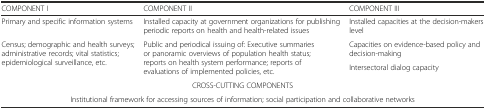
| COMPONENT I | COMPONENT II | COMPONENT III |
 | --- | --- | --- |
 | Primary and specific information systems | Installed capacity at government organizations for publishing periodic reports on health and health-related issues | Installed capacities at the decision-makers level |
 | <ROWSPAN=2> Census; demographic and health surveys; administrative records; vital statistics; epidemiological surveillance, etc. | <ROWSPAN=2> Public and periodical issuing of: Executive summaries or panoramic overviews of population health status; reports on health system performance; reports of evaluations of implemented policies, etc. | Capacities on evidence-based policy and decision-making |
 | Intersectoral dialog capacity |
 | <COLSPAN=3> CROSS-CUTTING COMPONENTS |
 | <COLSPAN=3> Institutional framework for accessing sources of information; social participation and collaborative networks |